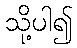
သို့ပါ၍